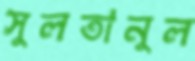
সুলতানুল